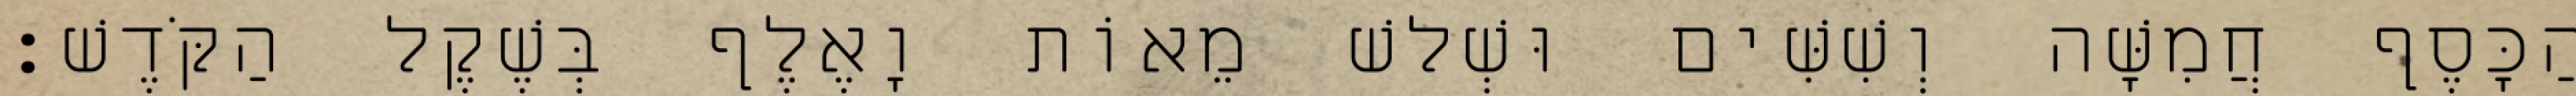
הַכָּסֶף חֲמִשָּׁה וְשִׁשִּׁים וּשְׁלשׁ מֵאוֹת וָאֶלֶף בְּשֶׁקֶל הַקֹּדֶשׁ׃